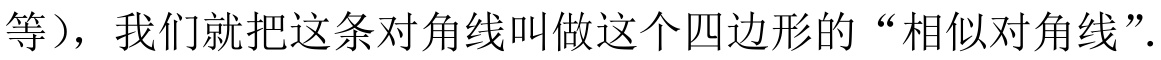
等），我们就把这条对角线叫做这个四边形的“相似对角线”．